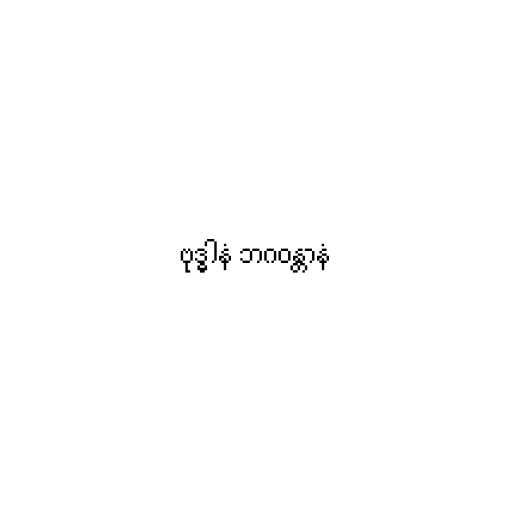
ဗုဒ္ဓါနံ ဘဂဝန္တာနံ